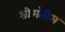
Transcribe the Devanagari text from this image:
श्रीमंतीस